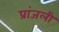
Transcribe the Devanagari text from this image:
प्रांजली